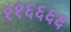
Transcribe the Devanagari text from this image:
११६६६६